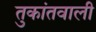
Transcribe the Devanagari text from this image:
तुकांतवाली